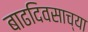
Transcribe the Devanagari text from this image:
बाढदिवसाच्या